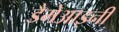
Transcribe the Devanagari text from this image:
डैमेआइनी